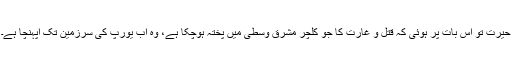
حیرت تو اس بات پر ہوئی کہ قتل و غارت کا جو کلچر مشرقِ وسطیٰ میں پختہ ہوچکا ہے، وہ اب یورپ کی سرزمین تک آپہنچا ہے۔